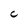
Character: C